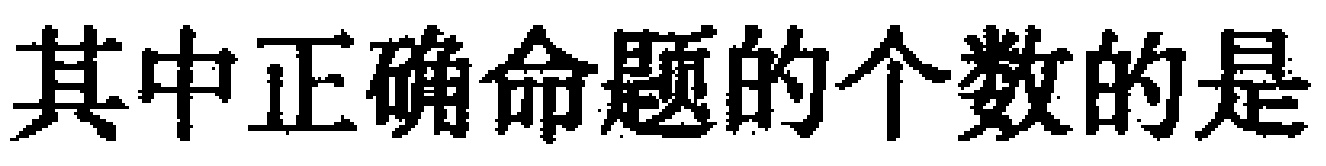
其中正确命题的个数的是